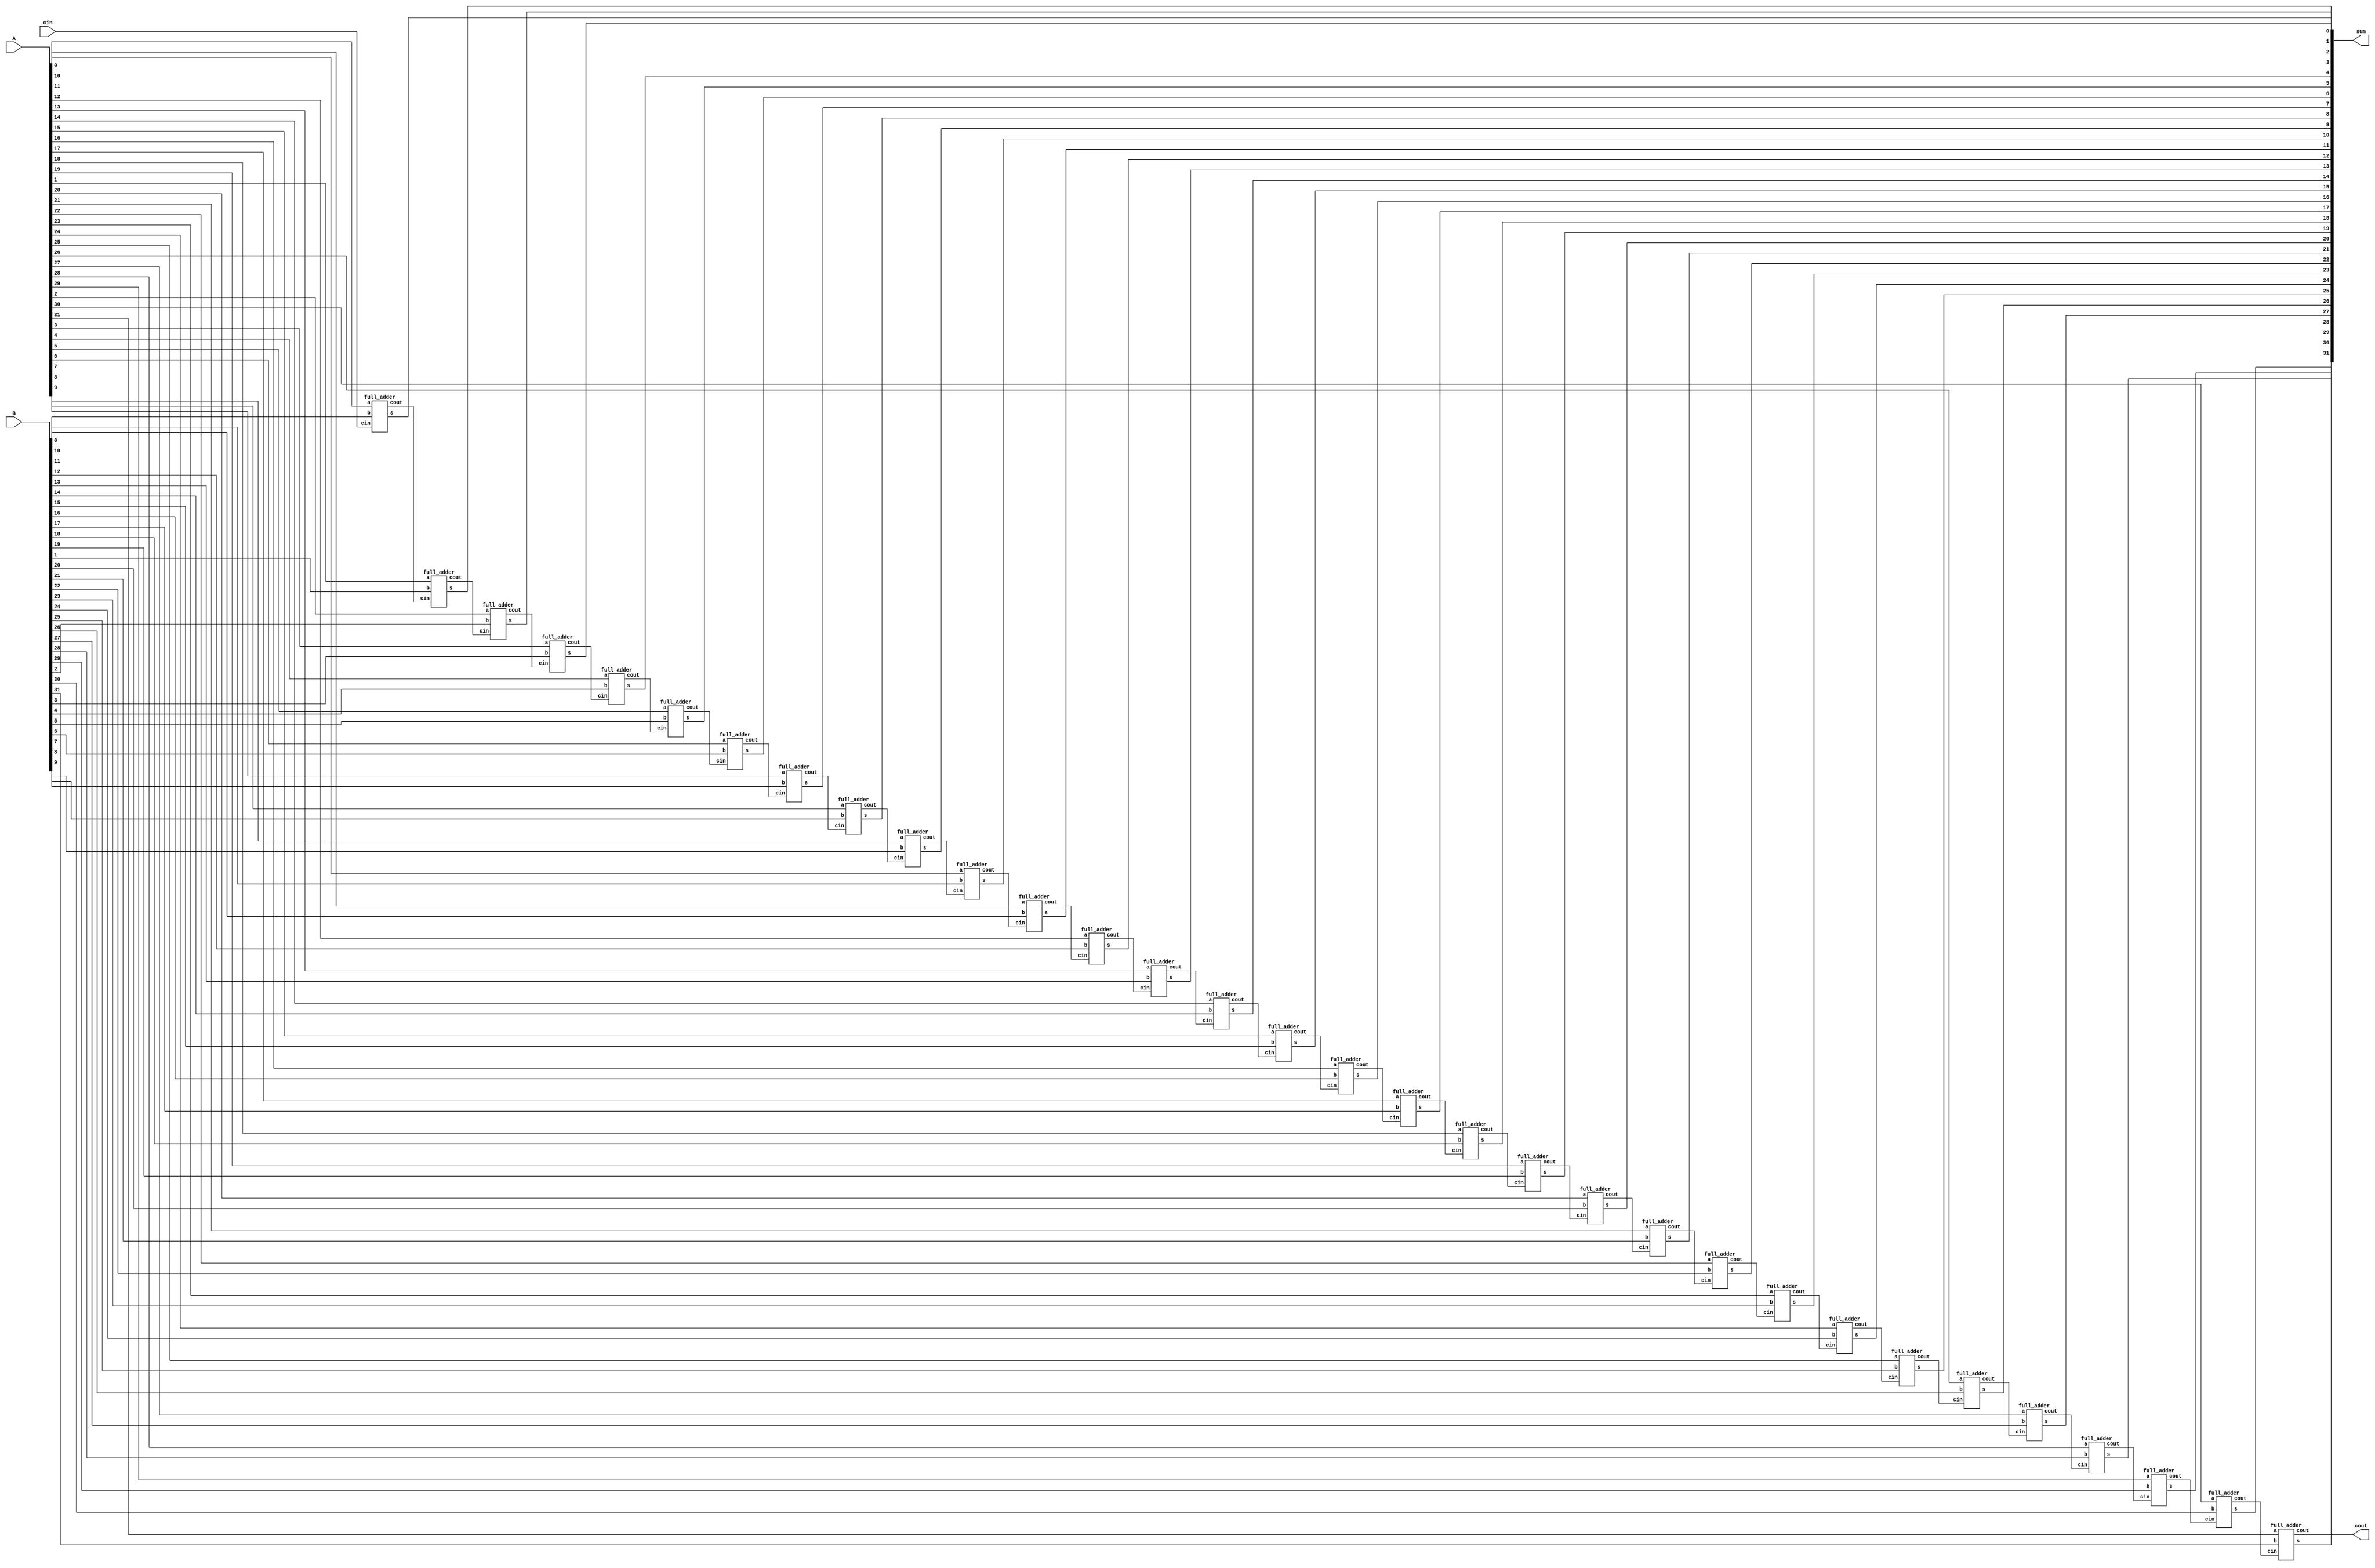
//pds6-alu
module adder(A,B,cin,cout,sum);
    input [31:0] A;
    input [31:0] B;
    input cin;
    output [31:0] sum;output cout;
    genvar i;wire[32:0] c;assign c[0]=cin;
    for(i=0;i<32;i=i+1)
    begin :loop
        full_adder df(A[i],B[i],c[i],c[i+1],sum[i]);
    end
assign cout=c[32];
endmodule
module full_adder(a,b,cin,cout,s);
    input a,b,cin;
    output s,cout;
    
    assign s=(a^b)^cin;
    assign cout=(a&b)|(a&cin)|(b&cin);
endmodule
module full_subtractor(a,b,d,bout);
input [31:0] a,b;
output [31:0] d;output bout;
wire [32:0] b_in;
wire a12,b12,d12;
not g1(a12,a[0]);
not g2(b12,b[0]);
and g4(d12,a[0],b12);
and g3(b_in[0],a12,b[0]);
or g5(d[0],b_in[0],d12);

genvar i;
for(i=1;i<32;i=i+1)
begin
    if(i>0) sub f(a[i],b[i],b_in[i-1],d[i],b_in[i]);
end
assign bout=b_in[32];
endmodule

module sub(a,b,b_in,d,b_out);
input a,b,b_in;
output d,b_out;
wire d1,d2,b1,a1,a2,a3;
xor g1(d1,a,b);
xor g2(d,d1,b_in);
xor g3(a1,1,a);
and g4(a2,a1,b);
xor g5(d2,d1,1);
and g6(a3,d2,b_in);
or g7(b_out,a2,a3);
endmodule

module andh(in1,in2,out);
input [31:0] in1,in2;output [31:0] out;
assign out=in1 & in2;
endmodule
module orh(in1,in2,out);
input [31:0] in1,in2;output [31:0] out;
assign out=in1 | in2;
endmodule
module xorh(in1,in2,out);
input [31:0] in1,in2;output [31:0] out;
assign out=in1^in2;
endmodule
module rshift(in1,in2,out);
input [31:0] in1,in2;output [31:0] out;
assign out=in1>>in2;
endmodule
module lshift(in1,in2,out);
input [31:0] in1,in2;output [31:0] out;
assign out=in1<<in2;
endmodule
module ALU (input1,input2,opcode,out,cout,bout);
  input [31:0] input1;
  input [31:0] input2;
  input [5:0] opcode;
  output reg [31:0] out;output reg cout;reg [31:0] sum,sub;wire [31:0] w1,w2,w3,w4,w5;output reg bout;
  reg [31:0] input1_r,input2_r;wire [31:0] sum_w,sub_w;wire cout_w;reg cin_r;wire bout_w; 
  always @(*)
  begin
   input1_r<=input1;input2_r<=input2;cin_r<=1'd0;cout<=cout_w;sum<=sum_w;sub<=sub_w;bout<=bout_w;
  end
   adder fg(input1_r,input2_r,cin_r,cout_w,sum_w);
   full_subtractor gh(input1_r,input2_r,sub_w,bout_w);
   rshift hi(input1,input2,w1);
   lshift ij(input1,input2,w2);
   andh jk(input1,input2,w3);
   orh kl(input1,input2,w4);
   xorh lm(input1,input2,w5);

  always @(*) begin
   case (opcode)
      6'd0: out = sum;//addu
      6'd1: out = sub;//subu
      6'd2|6'd12: out = w3;// and,andi
      6'd3|6'd13: out = w4;//  or,ori
      6'd4|6'd14: out = w5;//  xor,xori
      6'd5: out = w2;// shift left
      6'd6: out = w1;// shift right 
      6'd7: out = (input1 < input2) ? 1 : 0; //slt
      default: out = 0; 
    endcase
  end

endmodule

module tb;
reg [31:0] input1,input2;wire cout; wire bout;
reg [5:0] opcode;
wire [31:0] out;
ALU uut(.input1(input1),.input2(input2),.opcode(opcode),.out(out),.cout(cout),.bout(bout));
initial begin
      $monitor("%b %b %b\n ",opcode,out,cout);
      input1=32'b10000000000000000000000000100010;
      input2=32'b10000000000000000000000000100010;
      opcode=6'd1;
      #100
      $finish;
end
endmodule